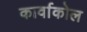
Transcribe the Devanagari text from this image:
कार्वाकोल